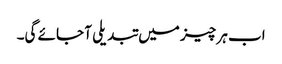
اب ہر چیز میں تبدیلی آ جائے گی۔